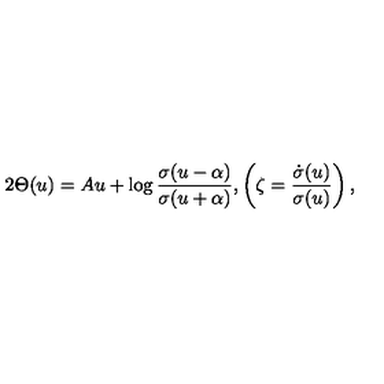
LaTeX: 2 \Theta ( u ) = A u + \log \frac { \sigma ( u - \alpha ) } { \sigma ( u + \alpha ) } , \left( \zeta = \frac { \dot { \sigma } ( u ) } { \sigma ( u ) } \right) ,